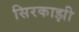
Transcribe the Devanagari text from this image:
सिरकाझी